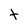
Character: t